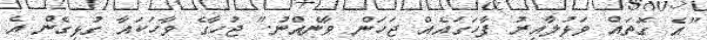
"އެ ގޮތައް ވަޅުލާއިރު ފާހަގައެއް ޖަހަން ވާނެއްނު." ޖުހާގެ ވާހަކައާ ގުޅިގެން އެ